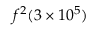
f ^ { 2 } ( 3 \times 1 0 ^ { 5 } )